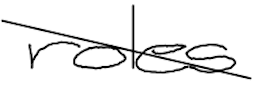
Text: roles
Cross-out: diagonal
Writing tool: digital_black